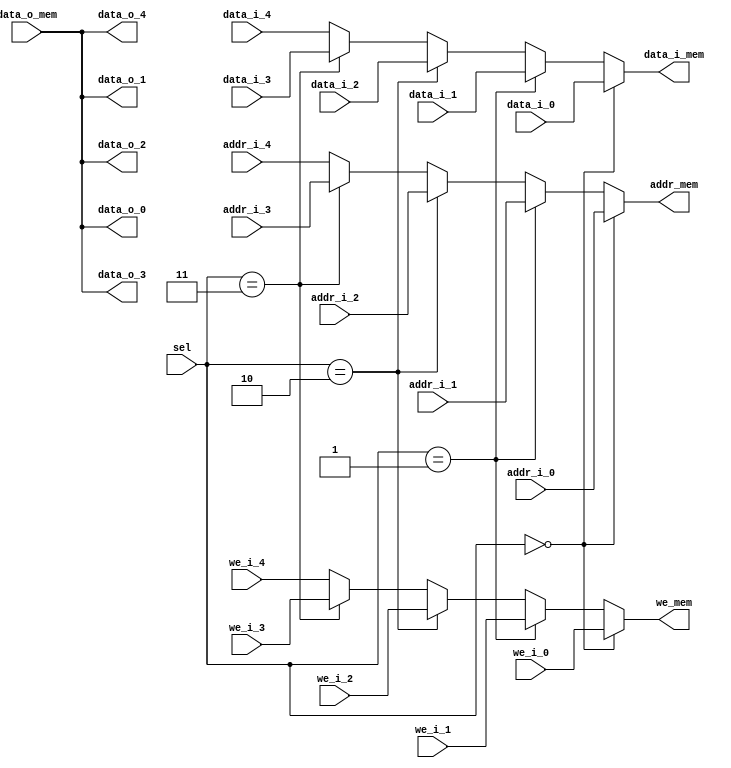
module memory_mux(
        input  [13:0] addr_i_0,
        input         we_i_0,
        input  [15:0] data_i_0,
        output [15:0] data_o_0,

        input  [13:0] addr_i_1,
        input         we_i_1,
        input  [15:0] data_i_1,
        output [15:0] data_o_1,

        input  [13:0] addr_i_2,
        input         we_i_2,
        input  [15:0] data_i_2,
        output [15:0] data_o_2,

        input  [13:0] addr_i_3,
        input         we_i_3,
        input  [15:0] data_i_3,
        output [15:0] data_o_3,

        input  [13:0] addr_i_4,
        input         we_i_4,
        input  [15:0] data_i_4,
        output [15:0] data_o_4,


        output [13:0] addr_mem,
        output        we_mem,
        output [15:0] data_i_mem,
        input  [15:0] data_o_mem,

        input   [2:0] sel
    );

    assign addr_mem =   (sel == 0) ?    addr_i_0 : 
                        (sel == 1) ?    addr_i_1 : 
                        (sel == 2) ?    addr_i_2 : 
                        (sel == 3) ?    addr_i_3 : 
                                        addr_i_4 ;

    assign we_mem =     (sel == 0) ?    we_i_0 : 
                        (sel == 1) ?    we_i_1 : 
                        (sel == 2) ?    we_i_2 : 
                        (sel == 3) ?    we_i_3 : 
                                        we_i_4 ;

    assign data_i_mem = (sel == 0) ?    data_i_0 : 
                        (sel == 1) ?    data_i_1 : 
                        (sel == 2) ?    data_i_2 : 
                        (sel == 3) ?    data_i_3 : 
                                        data_i_4 ;
    
    assign data_o_0 = data_o_mem;
    assign data_o_1 = data_o_mem;
    assign data_o_2 = data_o_mem;
    assign data_o_3 = data_o_mem;
    assign data_o_4 = data_o_mem;
    

endmodule